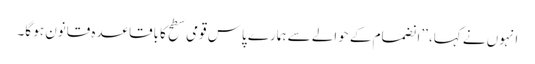
انہوں نے کہا، ’’انضمام کے حوالے سے ہمارے پاس قومی سطح کا باقاعدہ قانون ہو گا۔